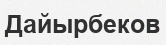
Дайырбеков